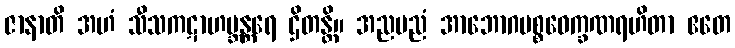
ဇာနာတိ အဟံ သီသကဋာဟဗ္ဘန္တရေ ဌိတန္တိ။ အညမညံ အာဘောဂပစ္စဝေက္ခဏရဟိတာ ဧတေ